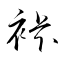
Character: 裃